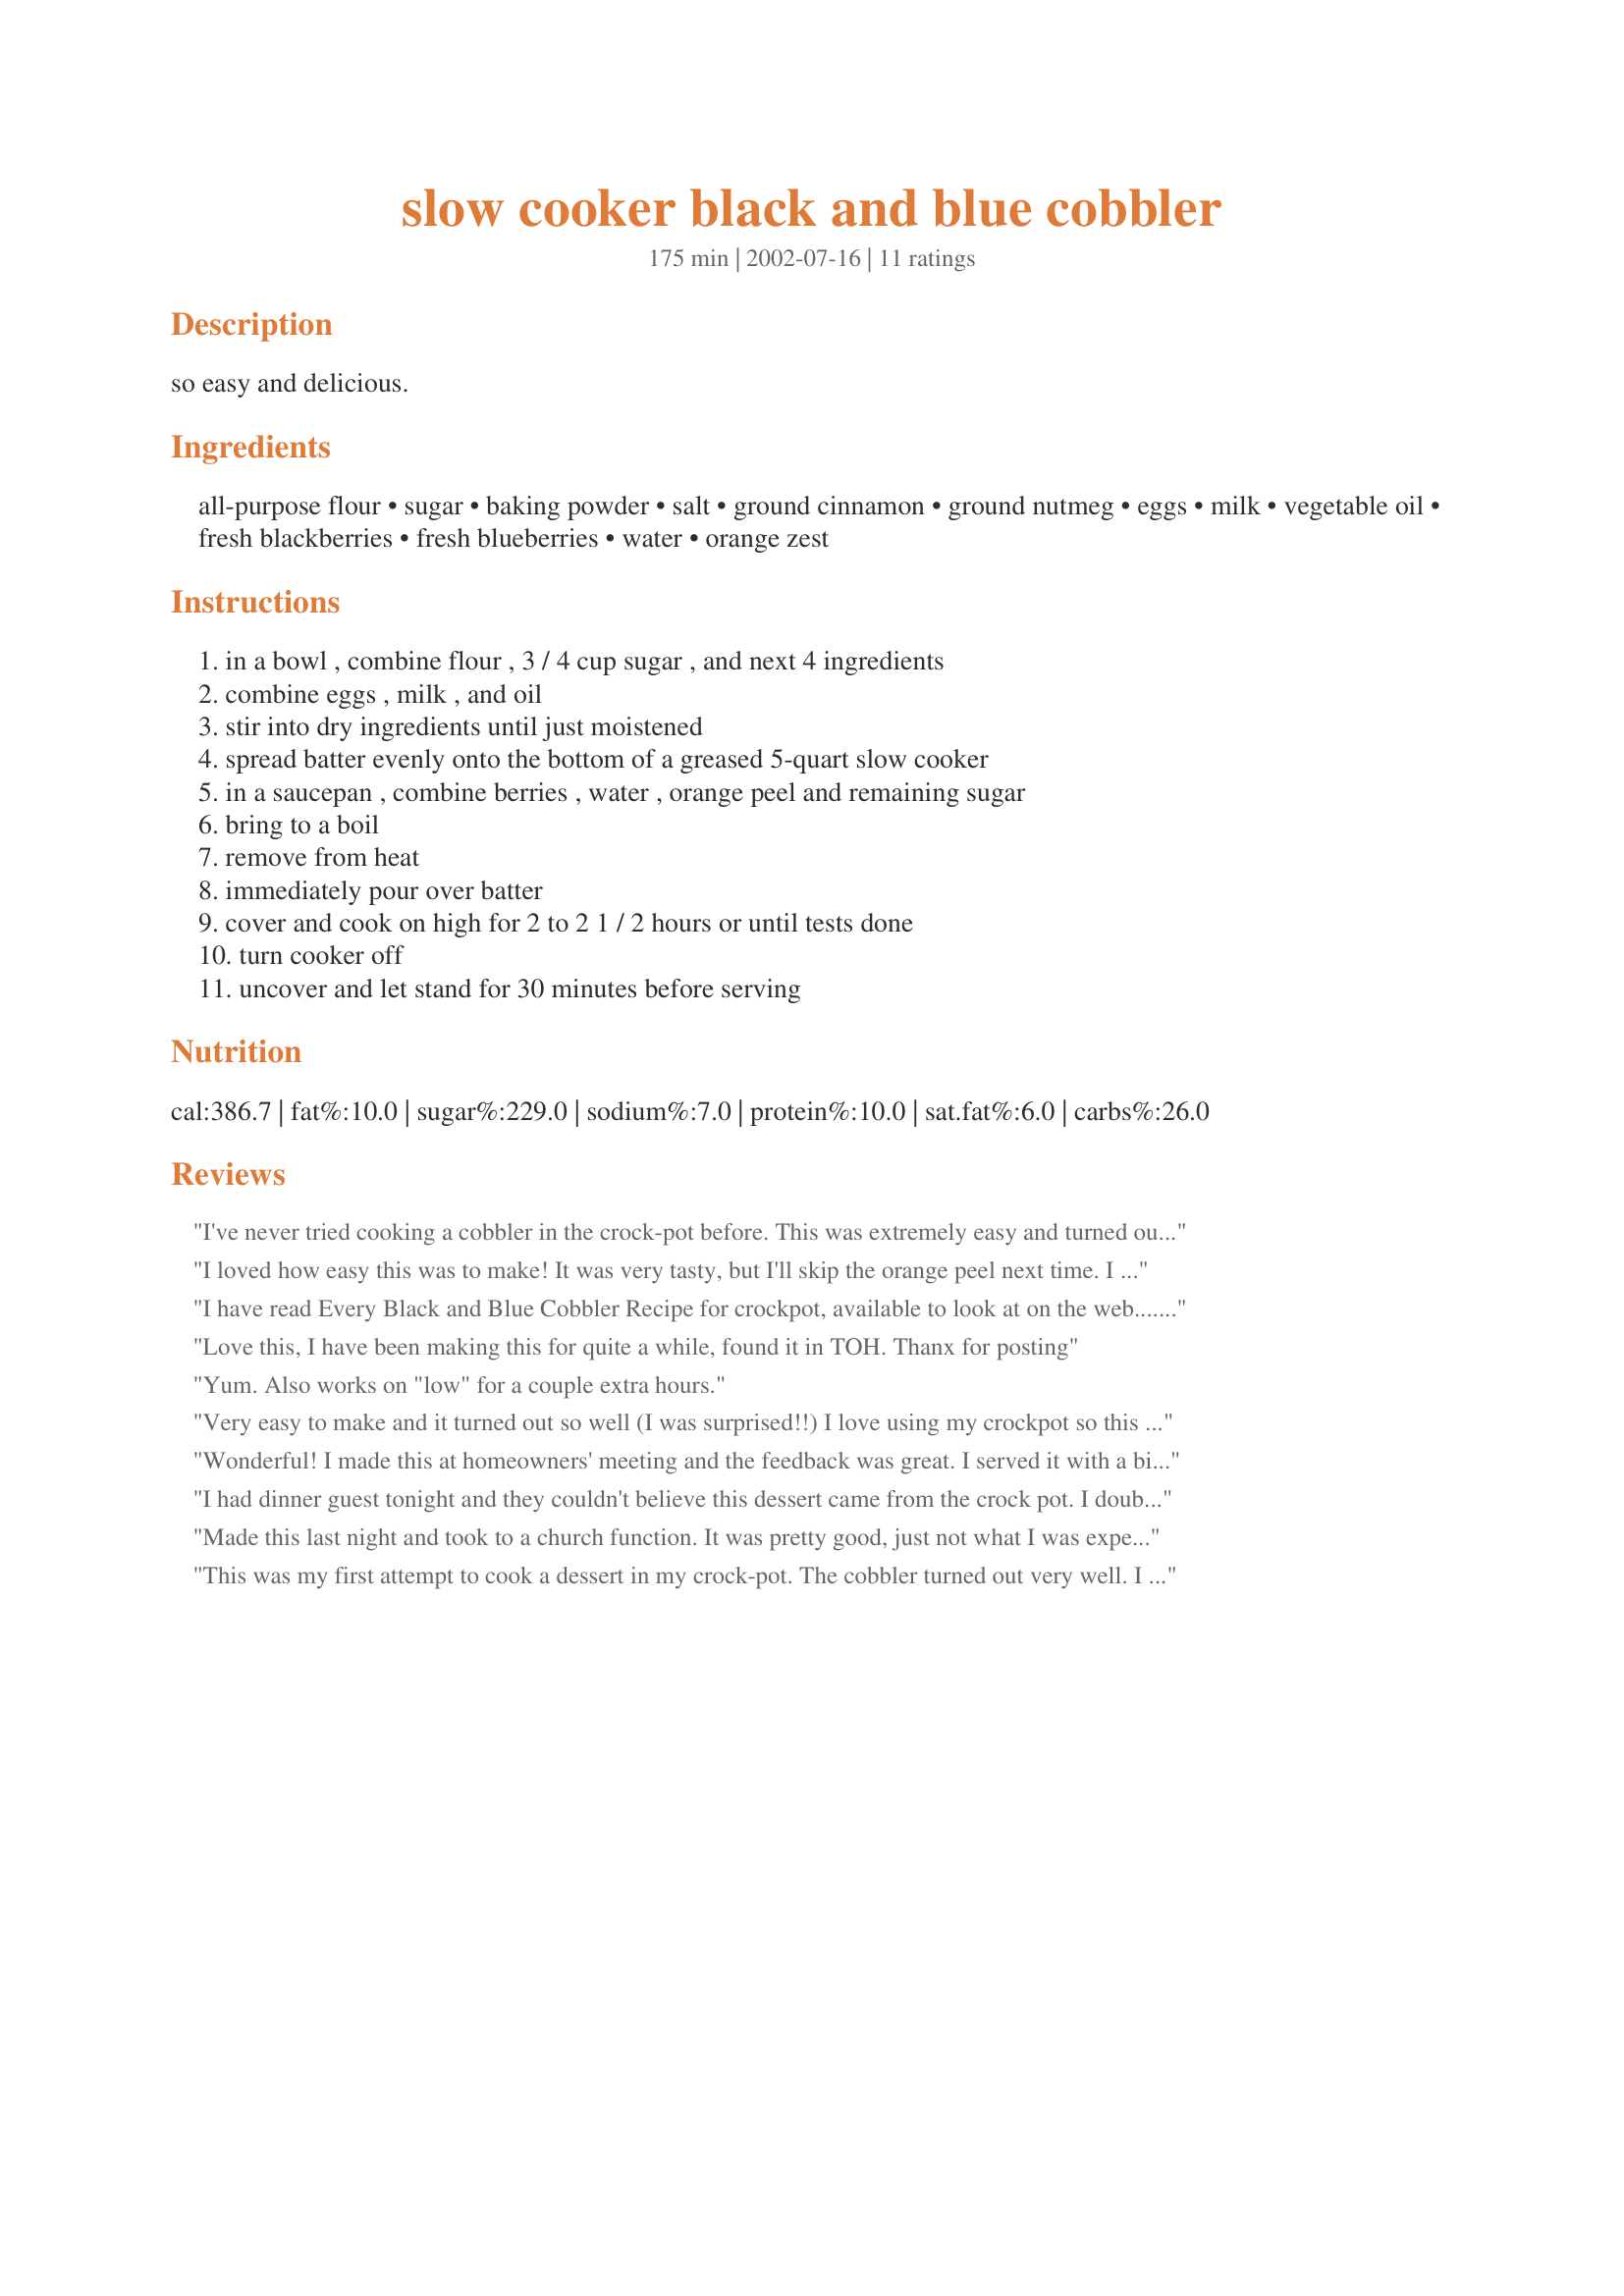
slow cooker black and blue cobbler
Preparation time: 175 minutes

so easy and delicious.

Ingredients:
all-purpose flour, sugar, baking powder, salt, ground cinnamon, ground nutmeg, eggs, milk, vegetable oil, fresh blackberries, fresh blueberries, water, orange zest

Steps:
in a bowl , combine flour , 3 / 4 cup sugar , and next 4 ingredients, combine eggs , milk , and oil, stir into dry ingredients until just moistened, spread batter evenly onto the bottom of a greased 5-quart slow cooker, in a saucepan , combine berries , water , orange peel and remaining sugar, bring to a boil, remove from heat, immediately pour over batter, cover and cook on high for 2 to 2 1 / 2 hours or until tests done, turn cooker off, uncover and let stand for 30 minutes before serving

Reviews:
I've never tried cooking a cobbler in the crock-pot before. This was extremely easy and turned out better than I thought it would. I cooked mine for just a little past 2 hours. Tender crust and with yummy berries. Thanks.
I loved how easy this was to make! It was very tasty, but I'll skip the orange peel next time. I made a few modifications and will make some more next time. I used 1/3 cup Xylitol with the fruit and added about 1/2 Tbsp. quick cooking tapioca to thicken it. Next time, I'll use 1 full cup water and 3 cups fruit. The thickener was not needed, but I'll probably use it next time too. I used a scant 1/2 cup Xylitol for the batter. That amount of sweetness was PLENTY. I have to assume that if I had used the full amount of sweetener that the recipe calls for, it would have been too sweet for my taste. (I prefer my desserts to be a bit less sweet than most recipes call for.) Note: Xylitol measures like sugar and adds the same amount of sweetness as sugar. I use it because hubby is diabetic. I'll definitely make this again with those modifications (more fruit and water, less sweetener, and a little thickener.)
I have read Every Black and Blue Cobbler Recipe for crockpot, available to look at on the web....and each one (from each different person) is absolutely word for word identical. You would think there would be some variance and different ideas across the board.
Love this, I have been making this for quite a while, found it in TOH. Thanx for posting
Yum. Also works on "low" for a couple extra hours.
Very easy to make and it turned out so well (I was surprised!!) I love using my crockpot so this was just a perfect idea to use up some fresh blackberries we had! I used 4 cups of blackberries (and no blueberries) and left out the orange zest. My 3 year old keeps asking if he can eat more of it! Will make this again and try with other berries and berry mixtures!! :)
Wonderful! I made this at homeowners' meeting and the feedback was great. I served it with a bit of whipped cream, but vanilla ice cream would have been nice also. Next time I will increase the amount of berries to 6 cups (personal preference). Thanks!
I had dinner guest tonight and they couldn't believe this dessert came from the crock pot. I doubled the recipe for six and I had just enough. I served it with Eddy's Low Fat Churn Ice Cream. I used frozen fruit and had no problems with it breaking down in my crock pot. Thanks so much. I served this with Yooper's To Die for Crockpot Roast and Garlic Herb Mashed Potatoes.
Made this last night and took to a church function. It was pretty good, just not what I was expecting and I really don't know what I was expecting :-)
Thanks for posting.
This was my first attempt to cook a dessert in my crock-pot. The cobbler turned out very well. I used fresh berries and we really liked the combination of blackberries and blueberries. Thanks for sharing this.
I made this for a Sunday dinner and enjoyed it. I think I was expecting a more traditional cobbler crust (I am from GA), but still enjoyed it. I liked it more the day after when the flavors settled.
